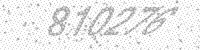
Solution: 810276